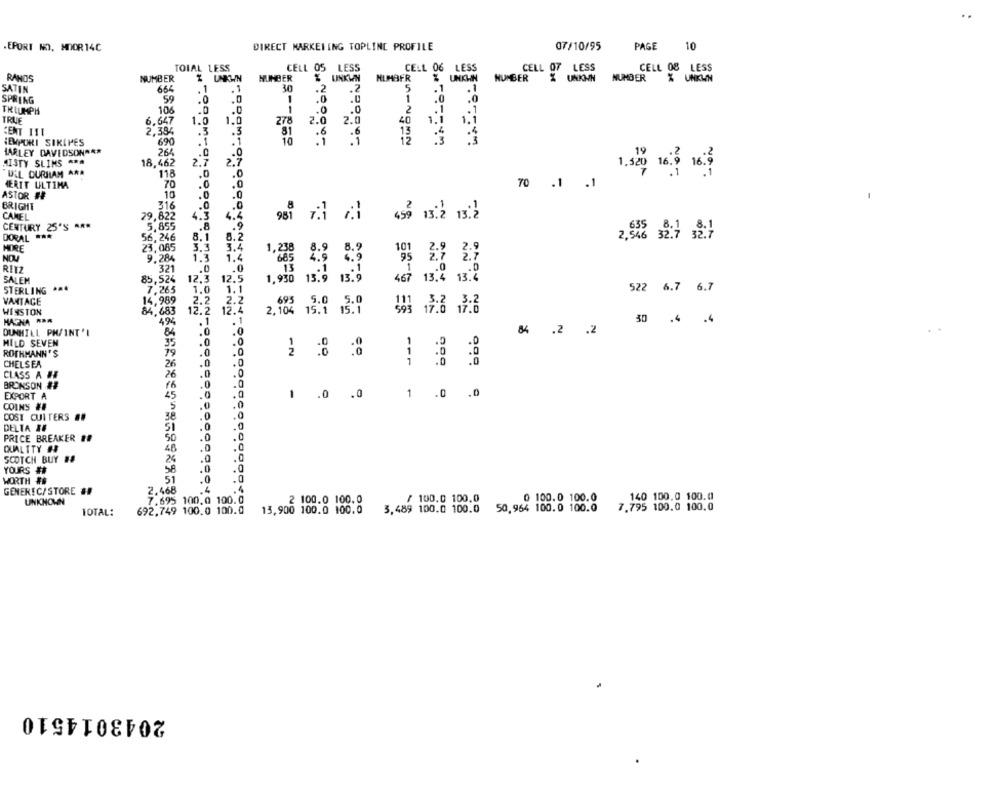
.EPORT NO, MOOR 14C
DIRECT MARKETING TOPLINE PROFILE
07/10/95
PAGE
10
TOIAL LESS
CELL 06 LESS
CELL 07 LESS
CELL 08 LESS
RANDS
NUMBER
Z UNKWN
NUMBER
₹ UNKNN
NUMBER
% UNKWN
664
SATIN
.1
SPRING
59
TRIUMPH
106
.C
TRUE
6.647
1.0
1.0
. .
CENT I11
2,384
.5
.3
HEMPURI SIKIMES
690
.1
NORN
264
HARLEY DAVIDSON ***
.0
MISTY SLIMS ***
18,462
2.7
2.7
ULL DURSIAM A **
118
.0
70
.0
HERIT ULTIMA
.0
70 .1 .1
ASTOR ##
10
.0
BRIGHT
316
.0
.0
CAMEL
29,822
4.3
4.4
450 13.2 1.2
CENTURY 25'S ***
5,855
.8
DORAL ***
56,246
8.1
8.2
$ 6.99
2,546 32.7
23,065
3.4
MORE
3.3
1,238
NOM
9.284
1.3
1.4
RITZ
32
.0
... 0
12.3
SALEM
85,524
N
1,930
13: 4
467 13,4 13:2
STERLING ***
7,265
1.0
522 6.7 6.7
VANTAGE
14,989
2.2
15:0 3 : 0
WINSTON
84,683
12.2
12.
MAGNA ***
494
.1
.1
30 .4 .4
DUNHILL PM/INT'L
84
.0
.0
84 .2 .2
MILD SEVEN
35
.0
.0
-A
ROTHMANN'S
79
.0
CHELSEA
26
.0
---
CLASS A I
26
.0
BRONSON ##
16
.0
.0
EXPORT A
45
. . 0 .0
1 .0 .0
COINS ##
COST CUITERS ##
38
.0
DELTA HE
51
.0
PRICE BREAKER ##
50
.0
QUALTTY #
46
.0
SCOTCH BUY ##
26
.0
.0
YOURS #
58
.0
WORTH ##
51
.0
.0
GENERIC/ STORE ##
2.468
.4
.4
/ 100.0 100.0
0 100.0 100.0
140 100.0 100.0
UNKNOWN
7.695 100.0 100.0
2 100.0 100.0
7.795 100.0 100.0
TOTAL:
692,749 100.0 100.0
13,900 100.0 100.0
3,489 100.0 100.0
50,964 100.0 100.0
2043014510